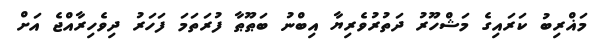
މަޣްރިބު ކަރައިގެ މަޝްހޫރު ދަތުރުވެރިޔާ އިބްނު ބަޠޫޠާ ފުރަތަމަ ފަހަރު ދިވެހިރާއްޖެ އަށް